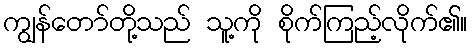
ကျွန်တော်တို့သည် သူ့ကို စိုက်ကြည့်လိုက်၏။